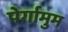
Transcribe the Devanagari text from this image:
पेर्गामुम